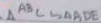
\Delta A B C \sim \Delta A D E